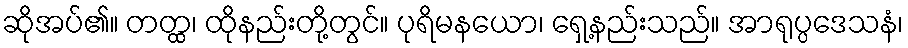
ဆိုအပ်၏။ တတ္ထ၊ ထိုနည်းတို့တွင်။ ပုရိမနယော၊ ရှေ့နည်းသည်။ အာရုပ္ပဒေသနံ၊